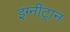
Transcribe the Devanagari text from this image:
इग्नीट्रान